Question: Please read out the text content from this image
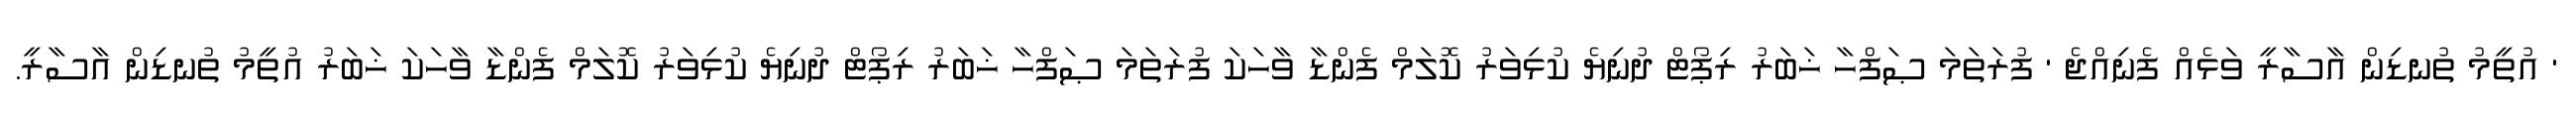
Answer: ' އުތީމު ތުނޑިން އާސާރީ ވަޅެއް ފެނިއްޖެ ' ފުރަތަމަ ޞަފްހާ ޚަބަރު ރިޕޯޓް ދުނިޔެ ކުޅިވަރު ކޮލަމް ފެންޑާ ވާހަކަ ފުރަތަމަ ޞަފްހާ ޚަބަރު ރިޕޯޓް ދުނިޔެ ކުޅިވަރު ކޮލަމް ފެންޑާ ވާހަކަ ޚަބަރު އުތީމު ތުނޑިން އާސާރީ.